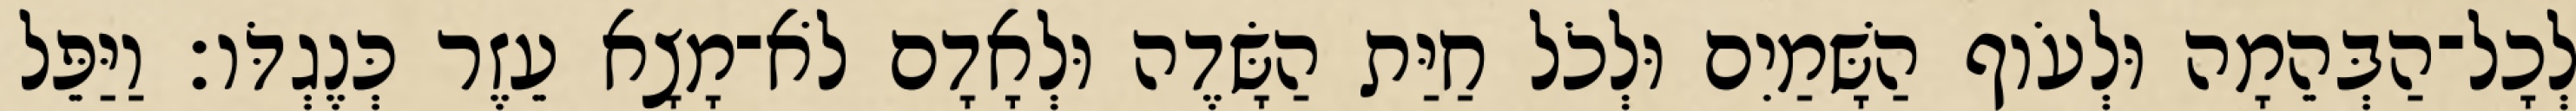
לְכָל־הַבְּהֵמָה וּלְעֹוף הַשָּׁמַיִם וּלְכֹל חַיַּת הַשָּׂדֶה וּלְאָדָם לֹא־מָצָא עֵזֶר כְּנֶגְדֹּו׃ וַיַּפֵּל